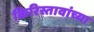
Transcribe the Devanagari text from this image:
किरिस्तावांच्या